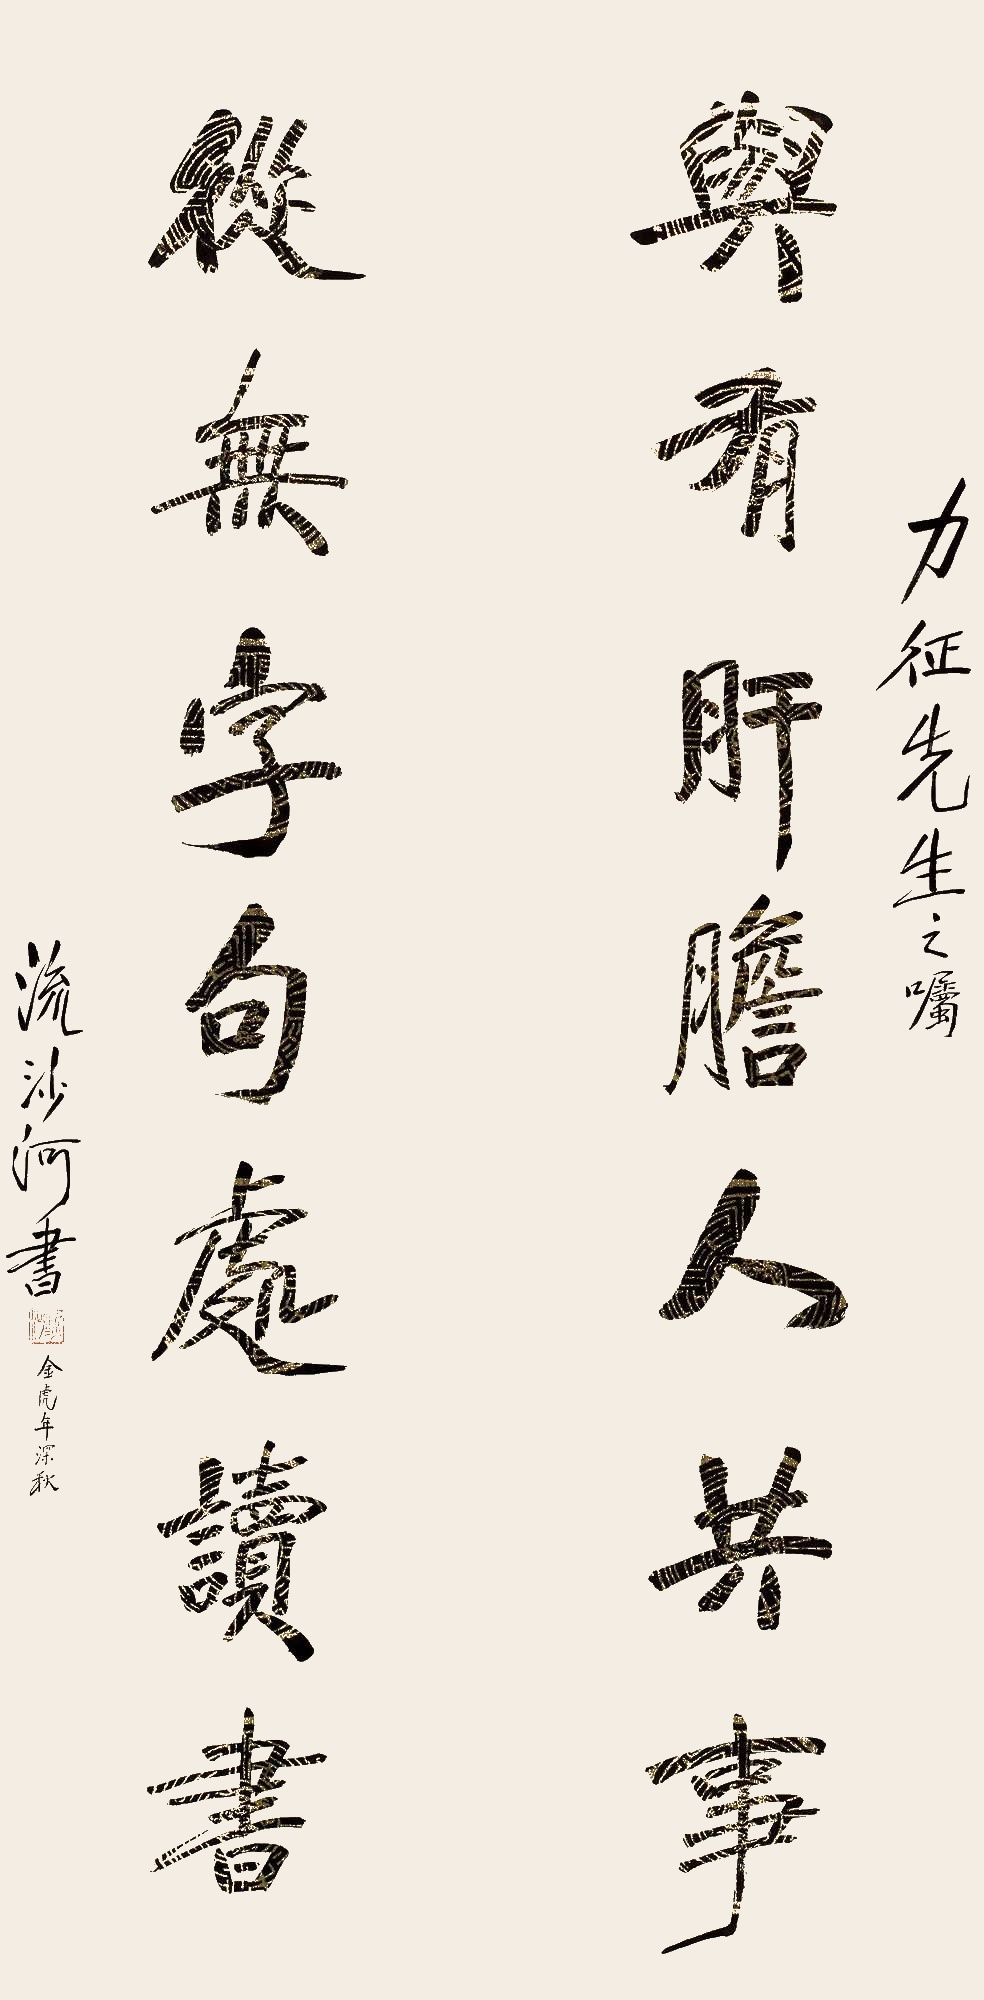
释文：与有肝胆人共事，从无字句处读书。力征先生之嘱，流沙河书。金虎年深秋。